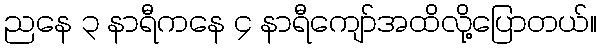
ညနေ ၃ နာရီကနေ ၄ နာရီကျော်အထိလို့ပြောတယ်။